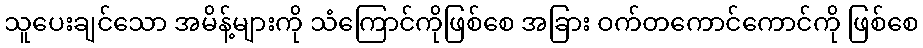
သူပေးချင်သော အမိန့်များကို သံကြောင်ကိုဖြစ်စေ အခြား ဝက်တကောင်ကောင်ကို ဖြစ်စေ